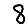
Digit: 8